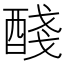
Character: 醆